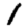
Digit: 1